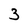
Character: 3